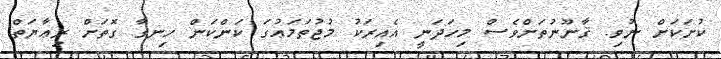
ކުށަކަށް ނުވި. ޤާނޫނުތަށްވެސް މިހަދަނީ އެއިރަކު މުޖުތަމަޢުގަ ކަންކަން ހިނގާ ގޮތަށް ރިޢާޔަތް